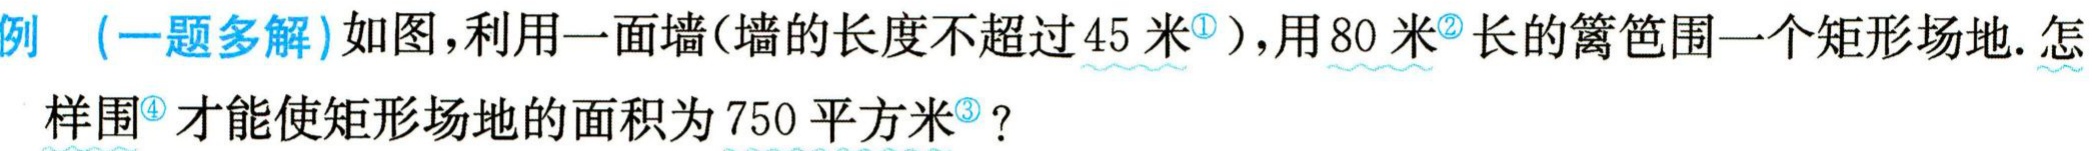
例 （一题多解）如图，利用一面墙（墙的长度不超过$45$米<sup>\textcircled{1}</sup>），用$80$米<sup>\textcircled{2}</sup>长的篱笆围一个矩形场地. 怎样围<sup>\textcircled{4}</sup>才能使矩形场地的面积为$750$平方米<sup>\textcircled{3}</sup>？